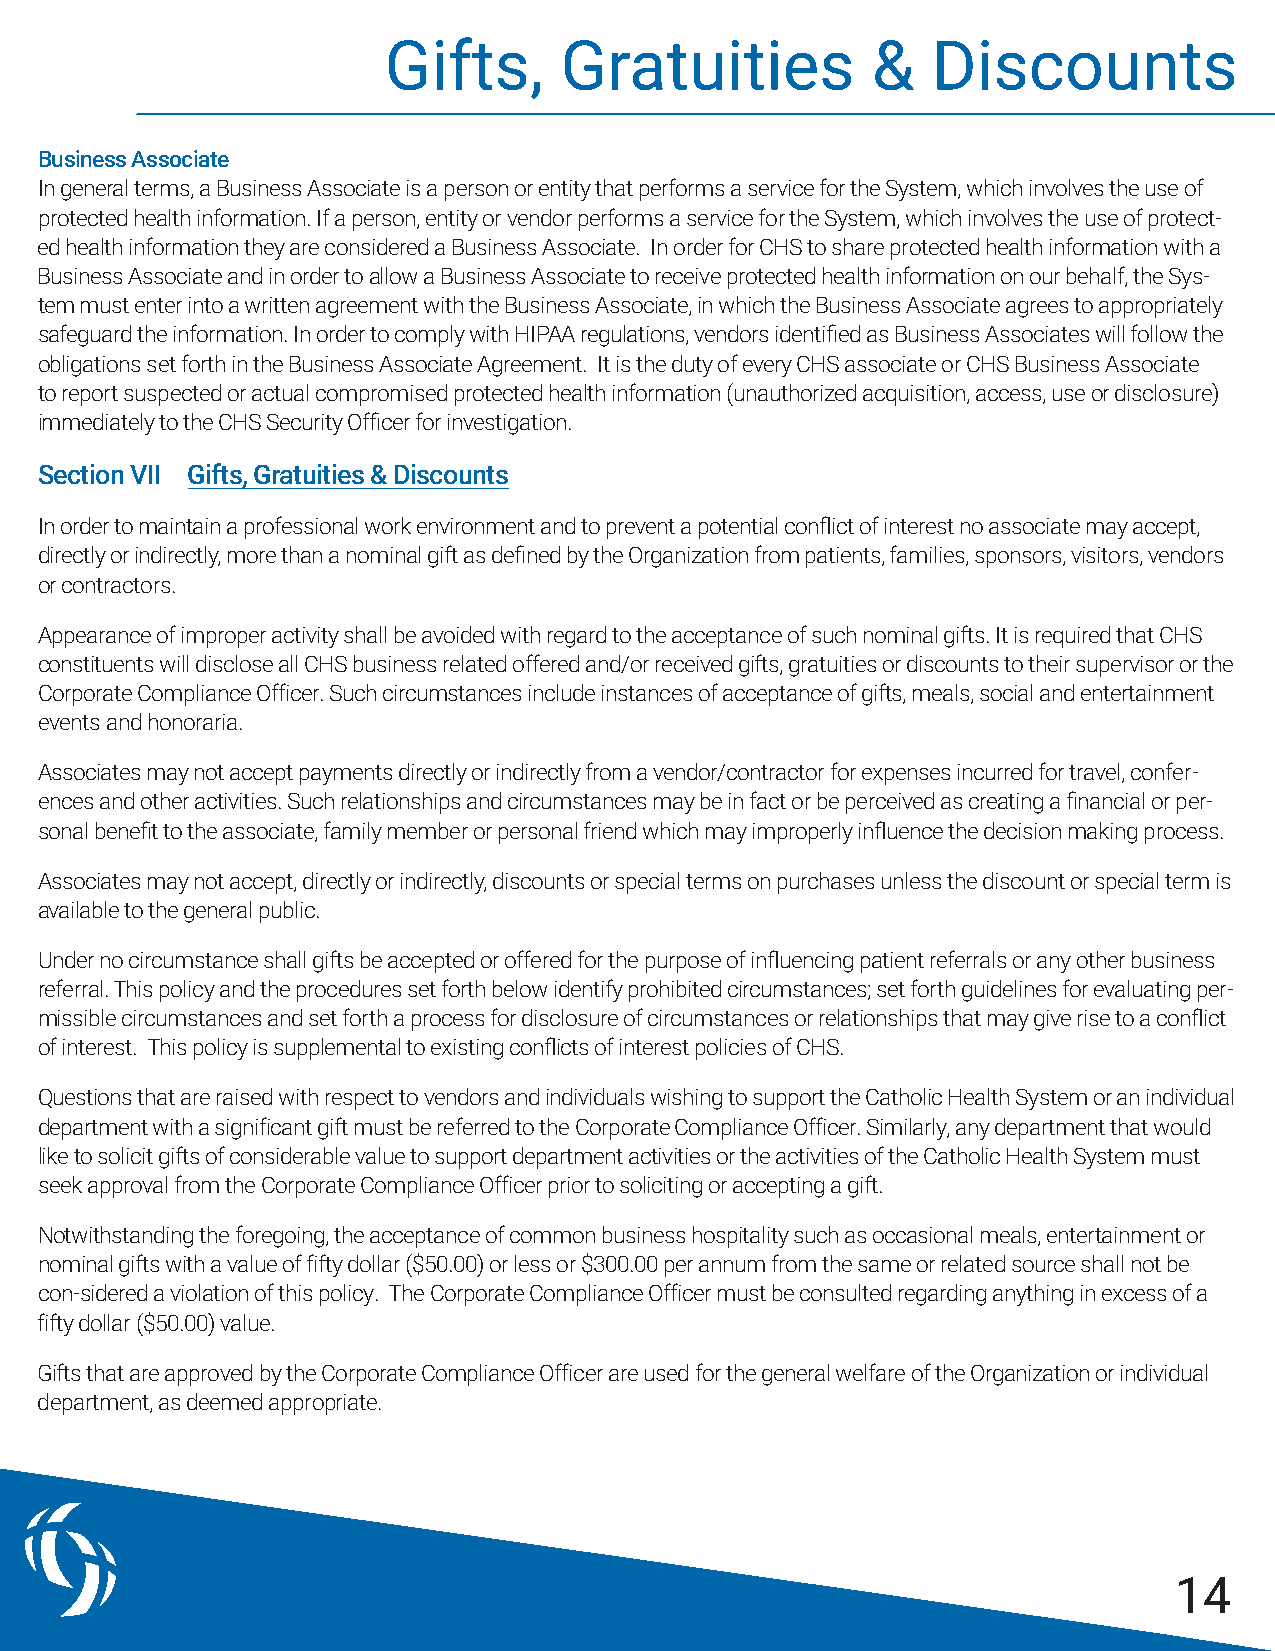
Gifts,      Gratuities           &   Discounts
 Business Associate
 In general terms, a Business Associate is a person or entity that performs a service for the System, which involves the use of
 protected health information. If a person, entity or vendor performs a service for the System, which involves the use of protect-
 ed health information they are considered a Business Associate. In order for CHS to share protected health information with a
 Business Associate and in order to allow a Business Associate to receive protected health information on our behalf, the Sys-
 tem must enter into a written agreement with the Business Associate, in which the Business Associate agrees to appropriately
 safeguard the information. In order to comply with HIPAA regulations, vendors identified as Business Associates will follow the
 obligations set forth in the Business Associate Agreement. It is the duty of every CHS associate or CHS Business Associate
 to report suspected or actual compromised protected health information (unauthorized acquisition, access, use or disclosure)
 immediately to the CHS Security Officer for investigation.
 Section VII Gifts, Gratuities & Discounts
 In order to maintain a professional work environment and to prevent a potential conflict of interest no associate may accept,
 directly or indirectly, more than a nominal gift as defined by the Organization from patients, families, sponsors, visitors, vendors
 or contractors.
 Appearance of improper activity shall be avoided with regard to the acceptance of such nominal gifts. It is required that CHS
 constituents will disclose all CHS business related offered and/or received gifts, gratuities or discounts to their supervisor or the
 Corporate Compliance Officer. Such circumstances include instances of acceptance of gifts, meals, social and entertainment
 events and honoraria.
 Associates may not accept payments directly or indirectly from a vendor/contractor for expenses incurred for travel, confer-
 ences and other activities. Such relationships and circumstances may be in fact or be perceived as creating a financial or per-
 sonal benefit to the associate, family member or personal friend which may improperly influence the decision making process.
 Associates may not accept, directly or indirectly, discounts or special terms on purchases unless the discount or special term is
 available to the general public.
 Under no circumstance shall gifts be accepted or offered for the purpose of influencing patient referrals or any other business
 referral. This policy and the procedures set forth below identify prohibited circumstances; set forth guidelines for evaluating per-
 missible circumstances and set forth a process for disclosure of circumstances or relationships that may give rise to a conflict
 of interest. This policy is supplemental to existing conflicts of interest policies of CHS.
 Questions that are raised with respect to vendors and individuals wishing to support the Catholic Health System or an individual
 department with a significant gift must be referred to the Corporate Compliance Officer. Similarly, any department that would
 like to solicit gifts of considerable value to support department activities or the activities of the Catholic Health System must
 seek approval from the Corporate Compliance Officer prior to soliciting or accepting a gift.
 Notwithstanding the foregoing, the acceptance of common business hospitality such as occasional meals, entertainment or
 nominal gifts with a value of fifty dollar ($50.00) or less or $300.00 per annum from the same or related source shall not be
 con-sidered a violation of this policy. The Corporate Compliance Officer must be consulted regarding anything in excess of a
 fifty dollar ($50.00) value.
 Gifts that are approved by the Corporate Compliance Officer are used for the general welfare of the Organization or individual
 department, as deemed appropriate.
 14